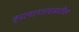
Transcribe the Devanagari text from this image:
हवामानशास्त्रातील